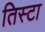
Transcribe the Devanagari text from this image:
तिस्टा